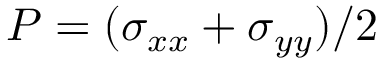
P = ( \sigma _ { x x } + \sigma _ { y y } ) / 2